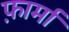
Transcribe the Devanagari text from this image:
फ़ार्मा